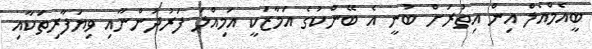
ބީއެމްއެލް އިން އިތުރަށް ބުނީ އެ ބޭންކުގެ އަމާޒަކީ އަމިއްލަ ފަރުދުންނާއި ވިޔަފާރިތަކާއި